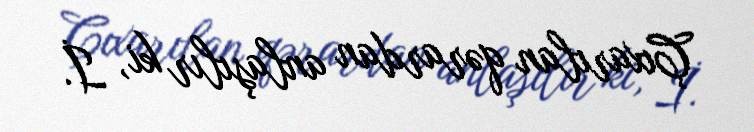
Çıxarılan qərardan anlaşılır ki, İ.